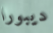
ديبورا